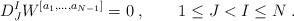
LaTeX: \begin{align*} D^I_J W^{[a_1,\ldots,a_{N-1}]} = 0\;, \qquad 1\leq J < I \leq N\;.\end{align*}